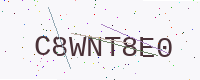
Text: C8WNT8E0